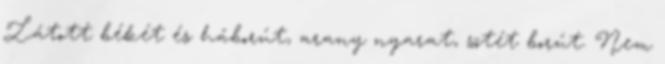
Látott békét és háborút, arany nyarat, sötét borút. Nem